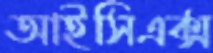
আইসিএক্স